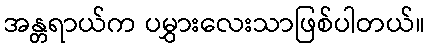
အန္တရာယ်က ပမွှားလေးသာဖြစ်ပါတယ်။